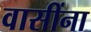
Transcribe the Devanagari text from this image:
वासींना